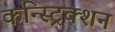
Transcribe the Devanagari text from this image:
कन्स्ट्रिक्शन